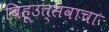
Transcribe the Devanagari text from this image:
बिहूउत्सवाचा